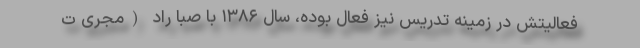
فعالیتش در زمینه تدریس نیز فعال بوده، سال ۱۳۸۶ با صبا راد (مجری ت